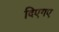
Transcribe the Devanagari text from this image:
दिएगए